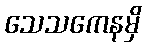
သေသကေနမှိ